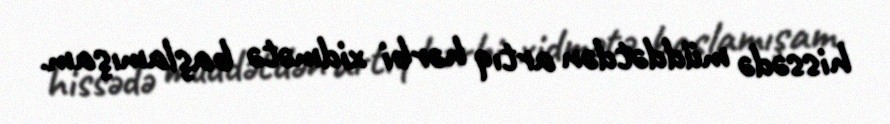
hissədə müddətdən artıq hərbi xidmətə başlamışam.